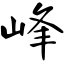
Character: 峰